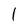
Character: 1